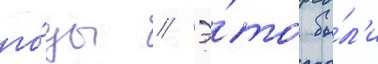
го́ды // Э́то бы́л'и